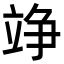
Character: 竫